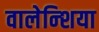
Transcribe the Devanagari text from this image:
वालेन्शिया